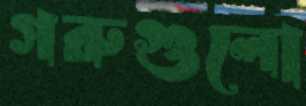
গরুগুলো